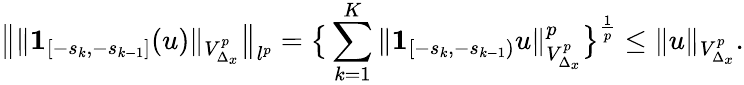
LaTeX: \big\| \| \textbf{1}_{[-s_{k},-s_{k-1}]}(u)\| _{V_{\Delta_{x}}^{p}}\big\| _{l^{p}}=\big\{ \sum_{k=1}^{K}\| \mathbf{1}_{[-s_{k},-s_{k-1})}u\| _{V_{\Delta_{x}}^{p}}^{p}\big\} ^{\frac{1}{p}}\leq\| u\| _{V_{\Delta_{x}}^{p}}.